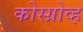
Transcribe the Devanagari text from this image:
कोस्ग्रोव्ह